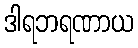
ဒါရဘရဏာယ